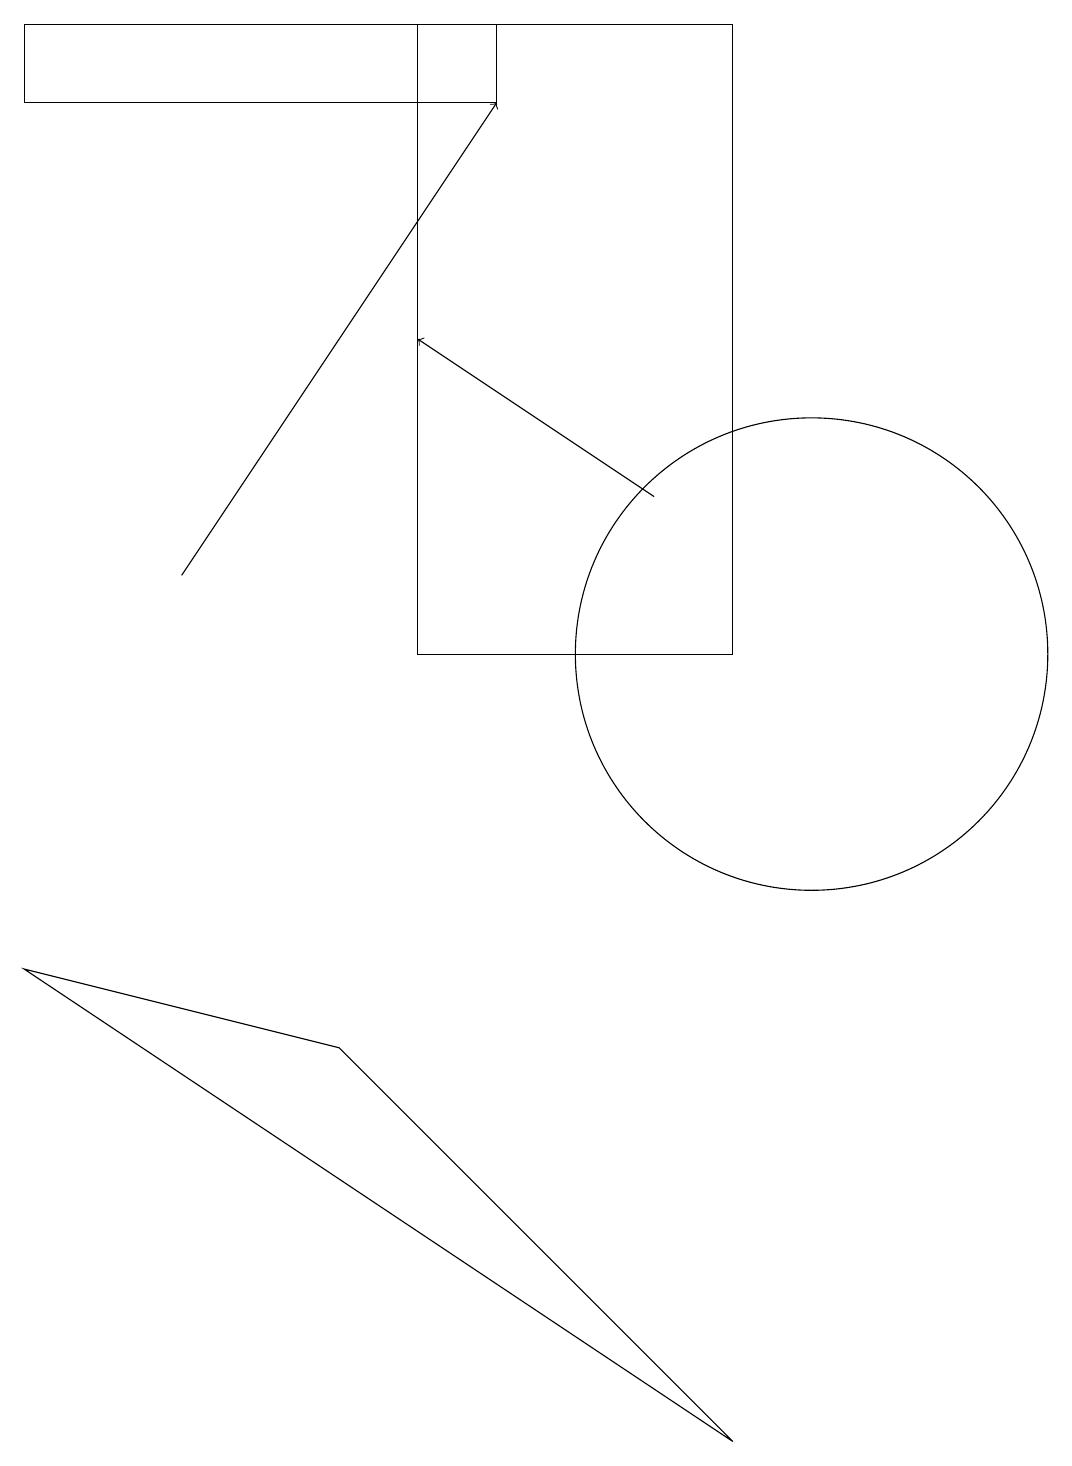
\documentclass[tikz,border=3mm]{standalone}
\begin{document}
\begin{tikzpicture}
\draw[->] (2,12) -- (6,18);
\draw (5,19) rectangle (9,11);
\draw[->] (8,13) -- (5,15);
\draw (0,19) rectangle (6,18);
\draw (10,11) circle (3);
\draw (4,6) -- (0,7) -- (9,1) -- cycle;
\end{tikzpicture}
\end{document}